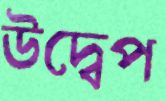
উদ্বেপ